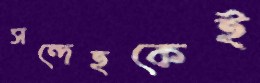
সন্দেহকেই